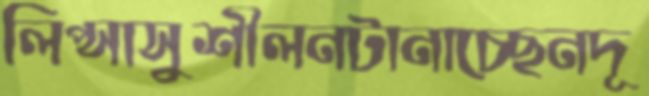
লিপ্সাসুশীলনটানাচ্ছেনদূ